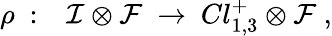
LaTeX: \rho~:~~~{\cal I}\otimes{\cal F}~\rightarrow~Cl_{1,3}^{+}\otimes{\cal F}~,